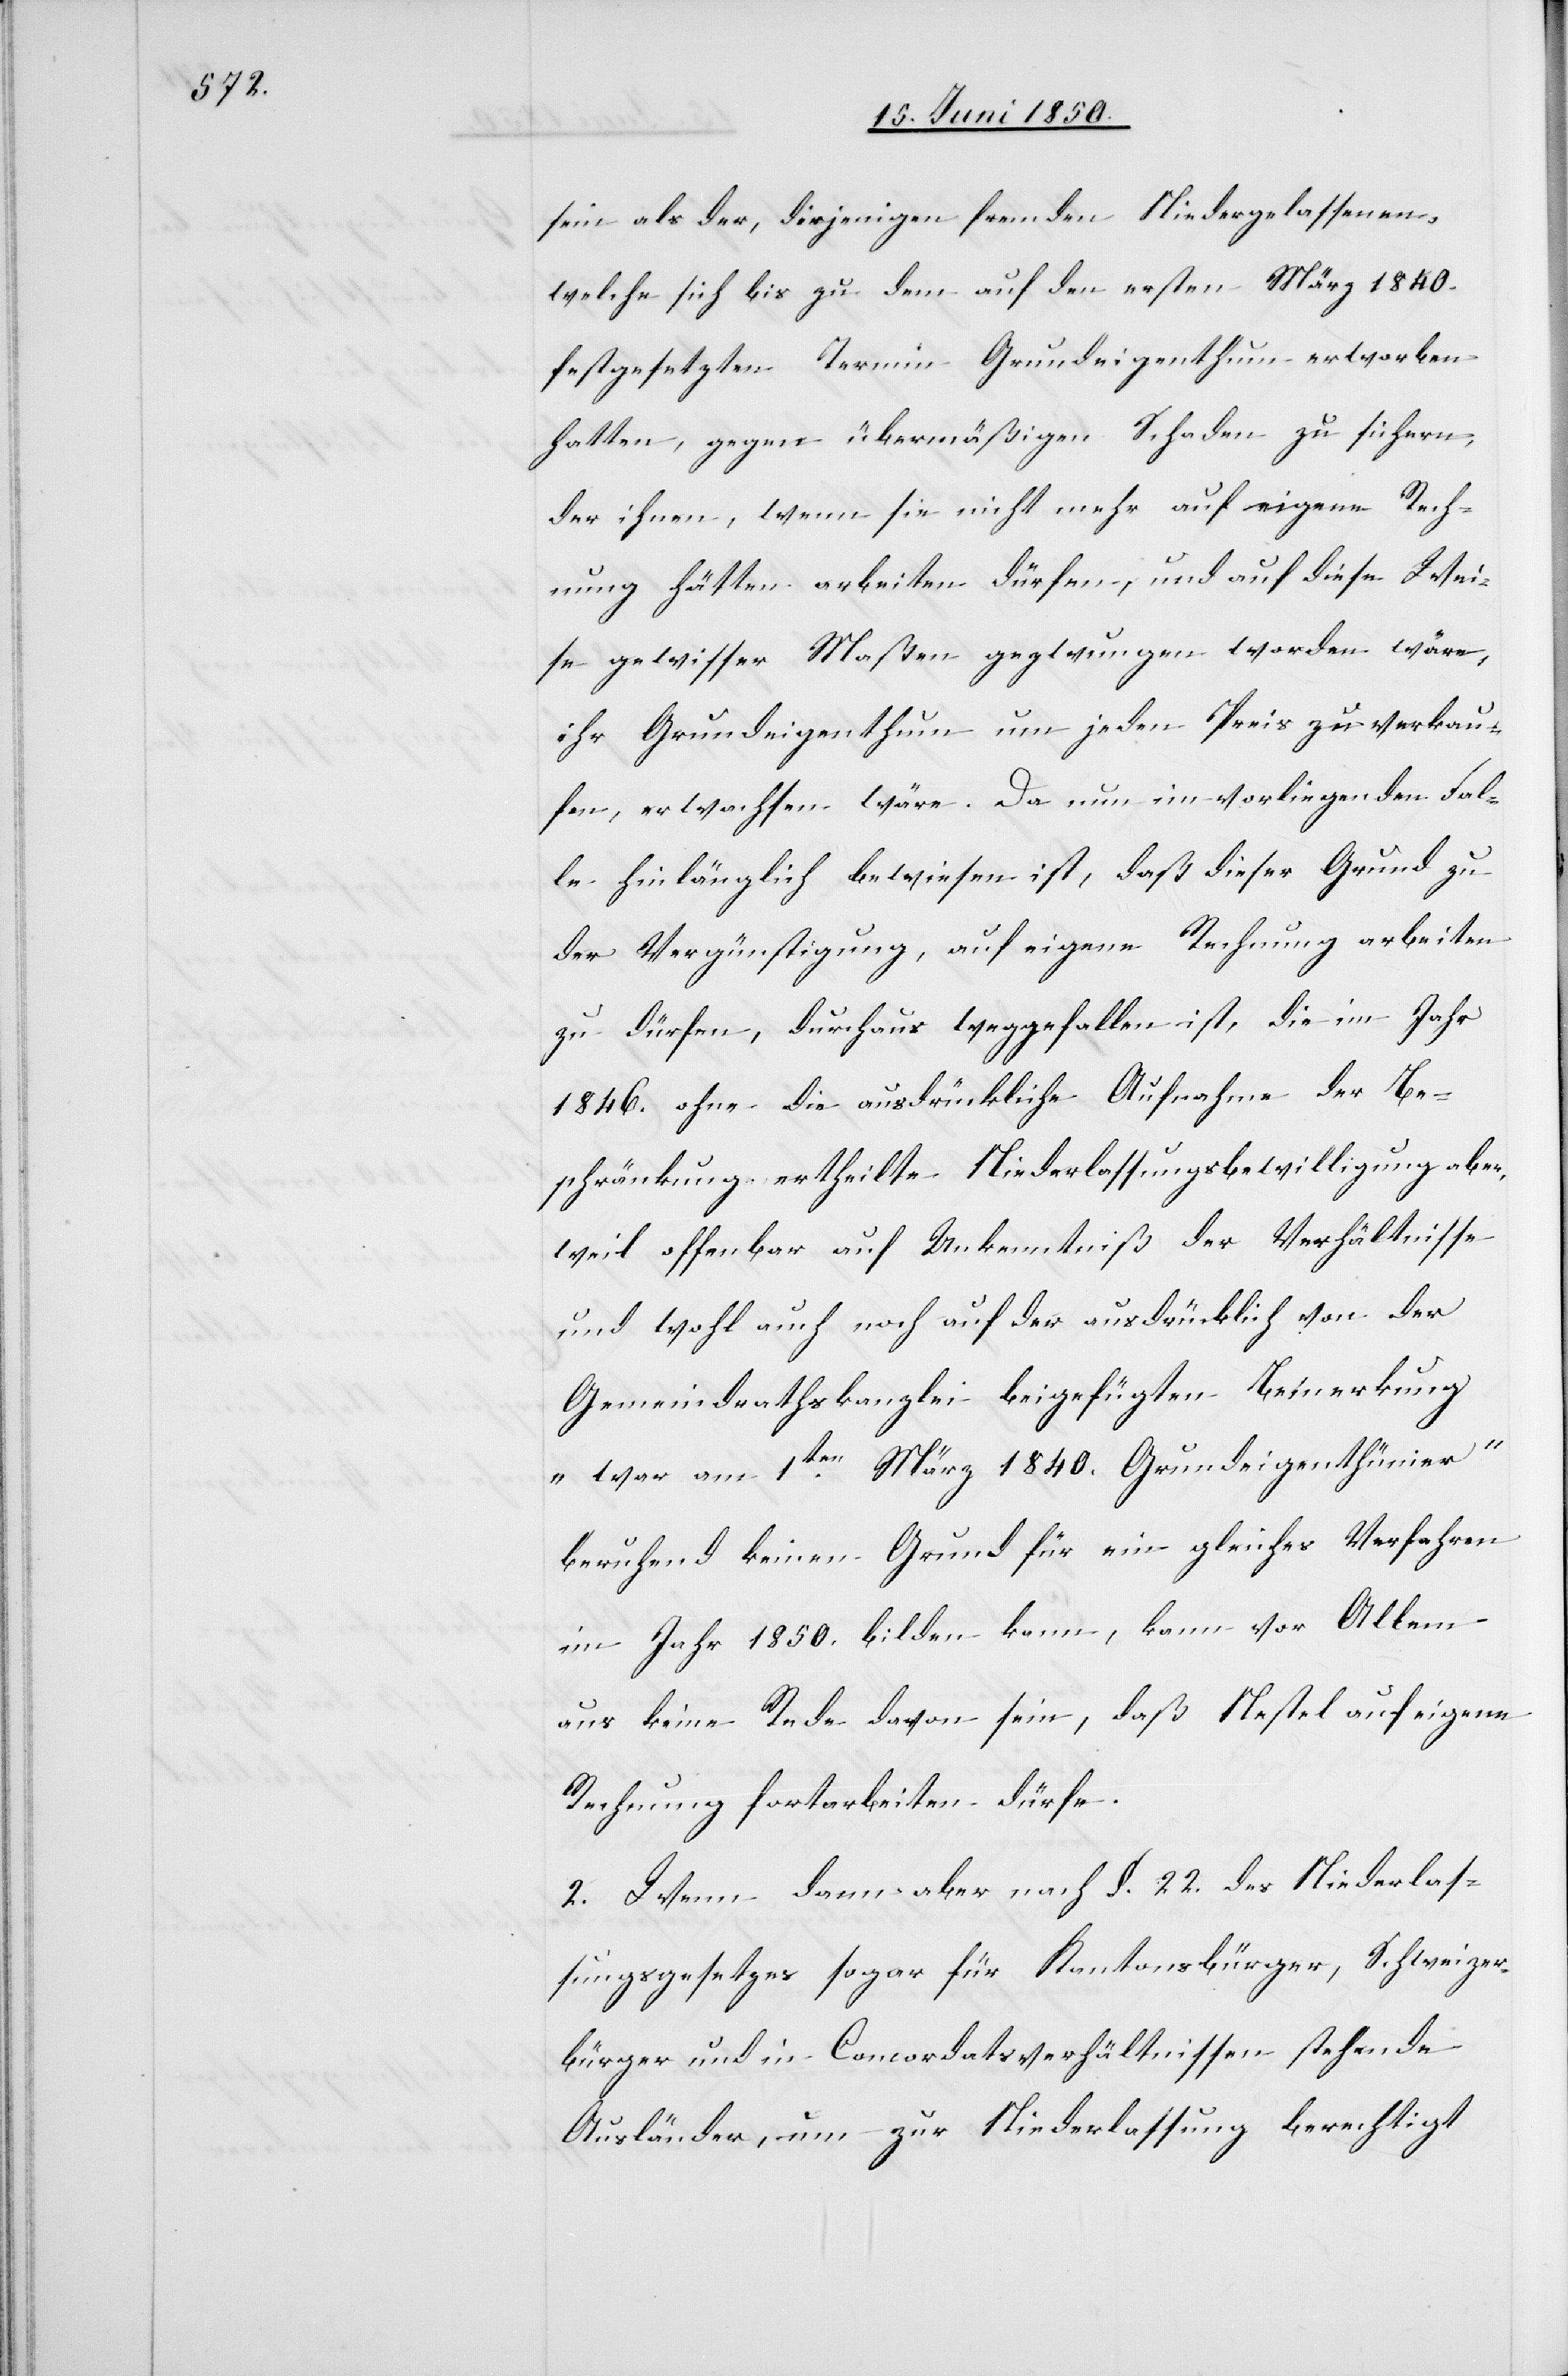
sein als der, diejenigen fremden Niedergelassenen,
welche sich bis zu dem auf den ersten März 1840.
festgesetzten Termin Grundeigenthum erworben
hatten, gegen übermäßigen Schaden zu sichern;
der ihnen, wenn sie nicht mehr auf eigene Rech¬
nung hätten arbeiten dürfen, und auf diese Wei¬
se gewisser Maßen gezwungen worden wäre,
ihr Grundeigenthum um jeden Preis zu verkau¬
fen, erwachsen wäre. Da nun im vorliegenden Fal¬
le hinlänglich bewiesen ist, daß dieser Grund zu
der Vergünstigung, auf eigene Rechnung arbeiten
zu dürfen, durchaus weggefallen ist, die ihm Jahr
1846. ohne die ausdrückliche Aufnahme der Be¬
schränkung ertheilte Niederlassungsbewilligung aber,
weil offenbar auf Unkenntniß der Verhältnisse
und wohl auch noch auf der ausdrücklich von der
Gemeindrathskanzlei beigefügten Bemerkung
„war am 1ten März 1840. Grundeigenthümer“
beruhend keinen Grund für ein gleiches Verfahren
im Jahr 1859. bilden kann, kann vor Allem
aus keine Rede davon sein, daß Nestel auf eigene
Rechnung fortarbeiten dürfe.
2. Wenn dann aber nach §. 22. des Niederlas¬
sungsgesetzes sogar für Kantonsbürger, Schweizer¬
bürger und in Concordatsverhältnissen stehende
Ausländer, um zur Niederlassung berechtigt